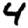
Digit: 4